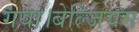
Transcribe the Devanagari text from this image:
गया।बेल्जियम